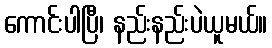
ကောင်းပါပြီ၊ နည်းနည်းပဲယူမယ်။